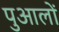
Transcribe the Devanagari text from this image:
पुआलों